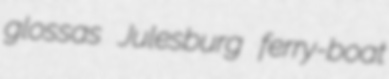
glossas Julesburg ferry-boat